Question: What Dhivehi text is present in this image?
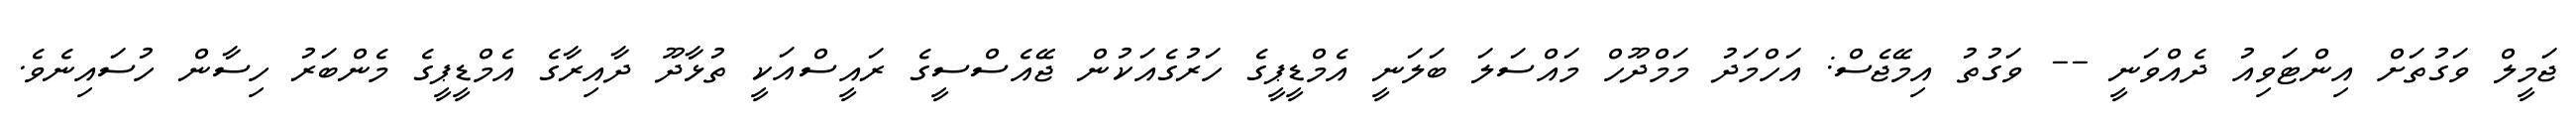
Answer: ޖަމީލް ވަގުތަށް އިންޓަވިއު ދެއްވަނީ -- ވަގުތު އިމޭޖެސް: އަހްމަދު މަމްދޫހް މައްސަލަ ބަލަނީ އެމްޑީޕީގެ ހަރުގެއަކުން ޖޭއެސްސީގެ ރައީސްއަކީ ތުޅާދޫ ދާއިރާގެ އެމްޑީޕީގެ މެންބަރު ހިސާން ހުސައިނެވެ.